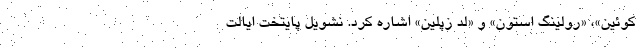
کوئین»، «رولینگ استون» و «لد زپلین» اشاره کرد. نشویل پایتخت ایالت